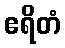
ဧရိတံ